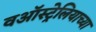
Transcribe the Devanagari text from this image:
वऑस्ट्रेलियाच्या